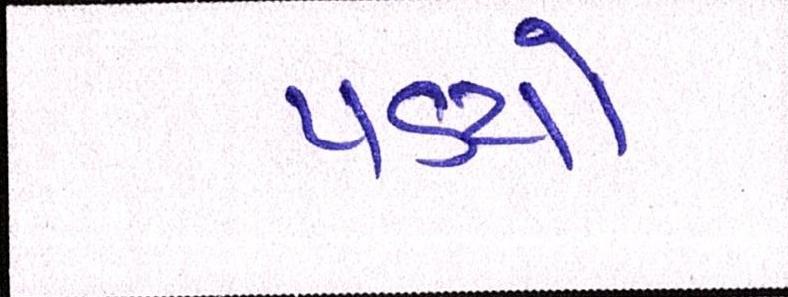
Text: પડયો